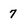
Character: 7